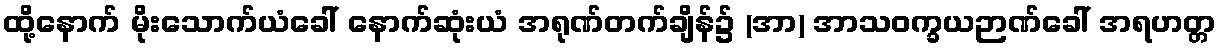
ထို့နောက် မိုးသောက်ယံခေါ် နောက်ဆုံးယံ အရုဏ်တက်ချိန်၌ (အာ) အာသဝက္ခယဉာဏ်ခေါ် အရဟတ္တ